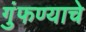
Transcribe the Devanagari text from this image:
गुंफण्याचे